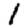
Digit: 1